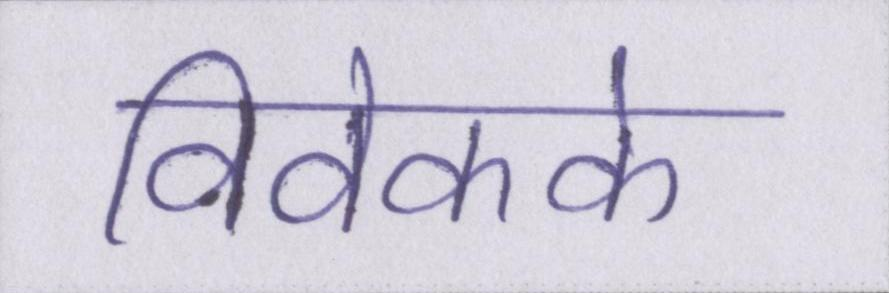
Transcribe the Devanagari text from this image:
विवेकके